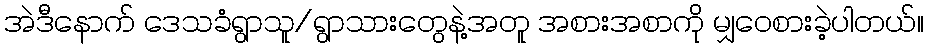
အဲဒီနောက် ဒေသခံရွာသူ/ရွာသားတွေနဲ့အတူ အစားအစာကို မျှဝေစားခဲ့ပါတယ်။